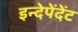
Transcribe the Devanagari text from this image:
इन्देपेंदेंट